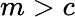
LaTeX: m>c